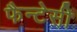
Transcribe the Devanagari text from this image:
फैन्टेसी